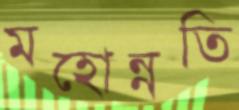
মহোন্নতি